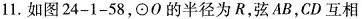
11. 如图24-1-58，⊙O的半径为R，弦AB，CD互相